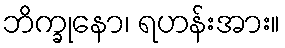
ဘိက္ခုနော၊ ရဟန်းအား။